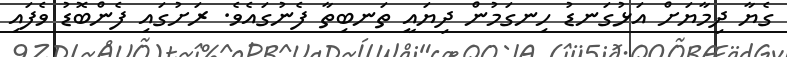
ގެޔާ ދިމާޔަށް އަޅުގަނޑު ހިނގަމުން ދިޔައީ ތަނބިތާ ފެނުގައެވެ. ރަށުގައި ފެންބޮޑު ވެފައި